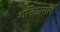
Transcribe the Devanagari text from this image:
शक्तिप्रसाद